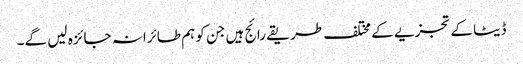
ڈیٹا کے تجزیے کے مختلف طریقے رائج ہیں جن کو ہم طائرانہ جائزہ لیں گے۔